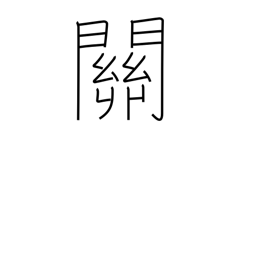
Meaning: gateway